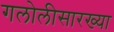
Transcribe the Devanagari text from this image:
गलोलीसारख्या